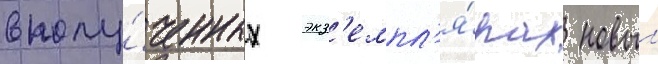
в полу́ченных экз'емпл'я́рах новыи